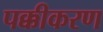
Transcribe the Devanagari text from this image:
पक्कीकरण